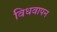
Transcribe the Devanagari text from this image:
विधवापन